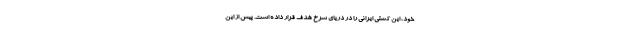
خود، این کشتی ایرانی را در دریای سرخ هدف قرار داده است. پیش از این